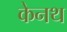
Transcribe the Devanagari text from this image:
केनथ